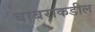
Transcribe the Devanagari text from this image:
बाबराकडील